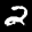
Digit: 2